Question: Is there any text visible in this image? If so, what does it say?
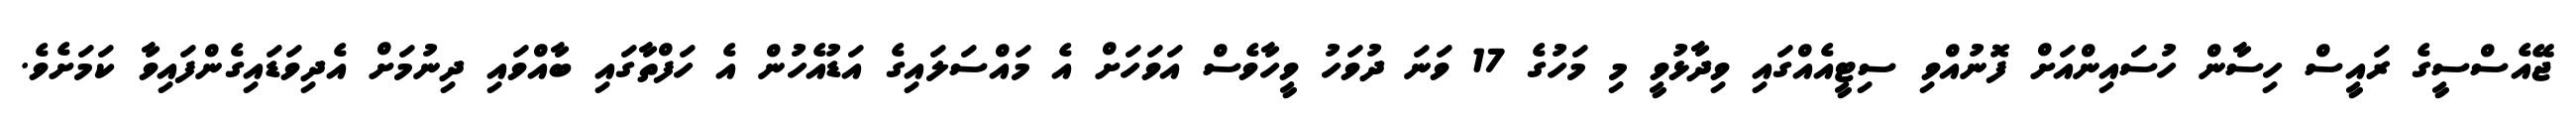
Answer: ޖޭއެސްސީގެ ރައީސް ހިސާން ހުސައިންއަށް ފޮނުއްވި ސިޓީއެއްގައި ވިދާޅުވީ މި މަހުގެ 17 ވަނަ ދުވަހު ވީހާވެސް އަވަހަށް އެ މައްސަލައިގެ އަޑުއެހުން އެ ހަފްތާގައި ބާއްވައި ދިނުމަށް އެދިވަޑައިގެންފައިވާ ކަމަށެވެ.